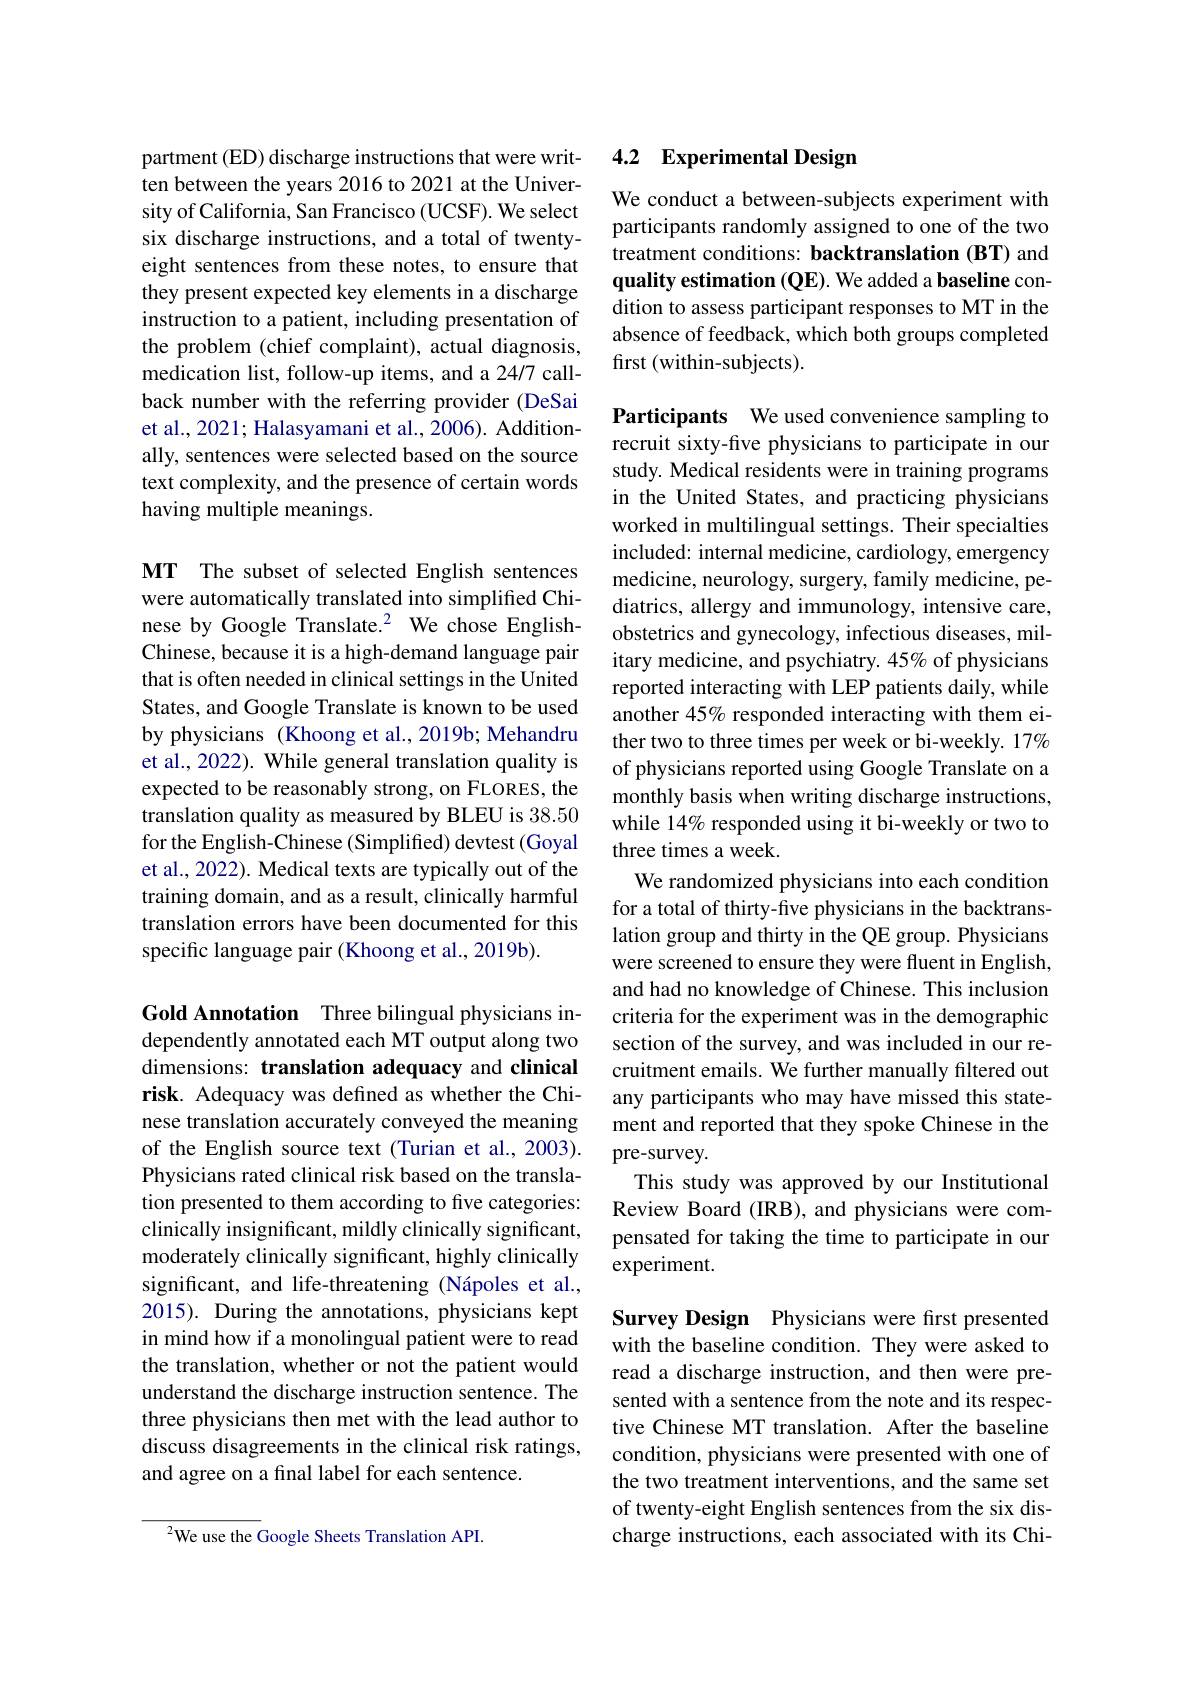
partment (ED) discharge instructions that were written between the years 2016 to 2021 at the University of California, San Francisco (UCSF). We select six discharge instructions, and a total of twentyeight sentences from these notes, to ensure that they present expected key elements in a discharge instruction to a patient, including presentation of the problem (chief complaint), actual diagnosis, medication list, follow-up items, and a 24/7 callback number with the referring provider (DeSai et al., 2021; Halasyamani et al., 2006). Additionally, sentences were selected based on the source text complexity, and the presence of certain words having multiple meanings.

MT The subset of selected English sentences were automatically translated into simplified Chinese by Google Translate.$^2$ We chose EnglishChinese, because it is a high-demand language pair that is often needed in clinical settings in the United States, and Google Translate is known to be used by physicians (Khoong et al., 2019b; Mehandru et al., 2022). While general translation quality is expected to be reasonably strong, on FLORES, the translation quality as measured by BLEU is 38.50 for the English-Chinese (Simplified) devtest (Goyal et al., 2022). Medical texts are typically out of the training domain, and as a result, clinically harmful translation errors have been documented for this specific language pair (Khoong et al., 2019b).

Gold Annotation Three bilingual physicians independently annotated each MT output along two dimensions: translation adequacy and clinical risk. Adequacy was defined as whether the Chinese translation accurately conveyed the meaning of the English source text (Turian et al., 2003). Physicians rated clinical risk based on the translation presented to them according to five categories: clinically insignificant, mildly clinically significant, moderately clinically significant, highly clinically significant, and life-threatening (Nápoles et al., 2015). During the annotations, physicians kept in mind how if a monolingual patient were to read the translation, whether or not the patient would understand the discharge instruction sentence. The three physicians then met with the lead author to discuss disagreements in the clinical risk ratings, and agree on a final label for each sentence.

$^{2}$We use the Google Sheets Translation API.

### 4.2 Experimental Design

We conduct a between-subjects experiment with participants randomly assigned to one of the two treatment conditions: backtranslation (BT) and quality estimation $(\mathbf{QE}).$ We added a baseline condition to assess participant responses to MT in the absence of feedback, which both groups completed first (within-subjects).

Participants We used convenience sampling to recruit sixty-five physicians to participate in our study. Medical residents were in training programs in the United States, and practicing physicians worked in multilingual settings. Their specialties included: internal medicine, cardiology, emergency medicine, neurology, surgery, family medicine, pediatrics, allergy and immunology, intensive care, obstetrics and gynecology, infectious diseases, military medicine, and psychiatry. 45% of physicians reported interacting with LEP patients daily, while another 45% responded interacting with them either two to three times per week or bi-weekly. 17% of physicians reported using Google Translate on a monthly basis when writing discharge instructions, while 14% responded using it bi-weekly or two to three times a week.
We randomized physicians into each condition for a total of thirty-five physicians in the backtranslation group and thirty in the QE group. Physicians were screened to ensure they were fluent in English, and had no knowledge of Chinese. This inclusion criteria for the experiment was in the demographic section of the survey, and was included in our recruitment emails. We further manually filtered out any participants who may have missed this statement and reported that they spoke Chinese in the pre-survey.
This study was approved by our Institutional Review Board (IRB), and physicians were compensated for taking the time to participate in our experiment.
Survey Design Physicians were first presented

with the baseline condition. They were asked to read a discharge instruction, and then were presented with a sentence from the note and its respective Chinese MT translation. After the baseline condition, physicians were presented with one of the two treatment interventions, and the same set of twenty-eight English sentences from the six discharge instructions, each associated with its Chi-